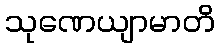
သုဏေယျာမာတိ